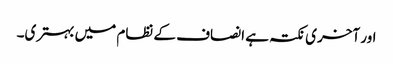
اور آخری نکتہ ہے انصاف کے نظام میں بہتری۔